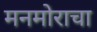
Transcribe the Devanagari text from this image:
मनमोराचा